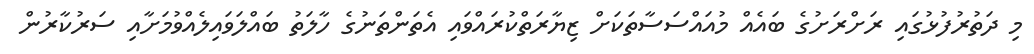
މި ދަތުރުފުޅުގައި ރަށްރަށުގެ ބައެއް މުއައްސަސާތަކަށް ޒިޔާރަތްކުރައްވައި އެތަންތަނުގެ ހާލަތު ބައްލަވައިލެއްވުމަށާއި ސަރުކާރުން